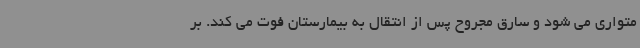
متواری می شود و سارق مجروح پس از انتقال به بیمارستان فوت می کند. بر